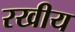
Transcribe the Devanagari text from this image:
रखीय